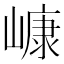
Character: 嵻